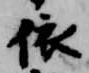
依